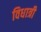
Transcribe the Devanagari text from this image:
विधात्री